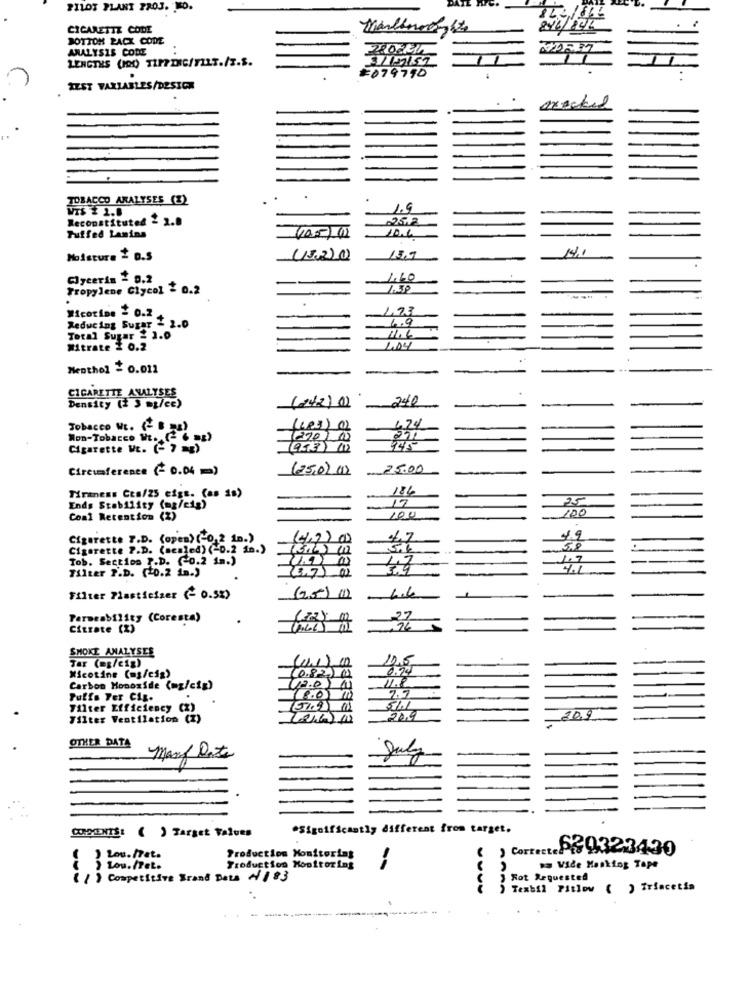
PILOT PLANT PROJ. JEO.
CIGARETTE CODE
BOTTOM RACX CODE
ANALYSIS CODE
#079790
TEST VARIABLES /DESICA
TOBACCO ANALYSES (%)
.
WIS £ 2.8
1.9
Reconstituted 2 2.0
225.2
Fuifed Lamins
Moisture 2 D.S
12.20
13,7
Glycerin = 9.2
1.60
Propylene Glycol = 0.2
1.73
Wicorine = 0.2
1.9
Reducing Sugar - 2.0
Total Sugar 2 3.0
Witrate 2 0.2
Menthol = 0.012
CIGARETTE ANALYSES
(242) (0)
240
Density (+ 3 my/ce)
4.74
Tobacco WE. (- 8 23)
Non-Tobacco Wt. ( 6 2)
Cigarette Wt. (- 7 mg)
Circumference (- 0.04 m)
(25.02.012
25.00
Tiraness Cts/25 eigt. (as 1s)
17
25
Ends Stability (mg/eig)
100
Coal Retention (2)
100
Cigarette 7.D. (open) (-0,2 in.)
47
4.9
Cigarette P.D. (sealed) (-0.2 in.)
(13.6) 10
,58
Tob. Section P.D. ( 0.2 in.)
1.9
1.7
Filter P.D. ( 0.2 in.)
adaa
4.1
(3,7) (1
Filter Plasticiser (- 0.5%)
(25) (1)
Permeability (Coresta)
27
Citrate (2)
SMOKE ANALYSES
Tar (mg/cig)
(0.82) 11
0.94
Nicotine (ms/cig)
11.8
Carbon Monoxide (mg/cig)
42.0
2.7
Puffs Fer Cig.
Filter Efficiency
(2)
Filter Ventilation (I)
20.9
OTHER DATA
Many Date
CORSOENTS: ( ) Target Values
*Significantly different from target.
) Corte ::. P .: 0323430
Lou.Det.
Production Monitoring
Production Monitoring
--
na Vide Masking Tape
( / ) Competitive Srand Dets A1 83
Rot Requested
) Texbil Pitlow ( ) Triacetin